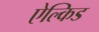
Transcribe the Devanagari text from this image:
ऐल्किड